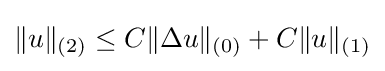
\|u\|_{(2)}\leq C\|\Delta u\|_{(0)}+C\|u\|_{(1)}